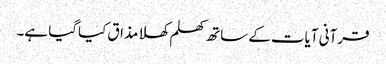
قرآنی آیات کے ساتھ کھلم کھلا مذاق کیاگیا ہے۔